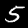
Digit: 5